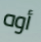
أوه